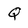
Character: Q